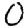
Digit: 0